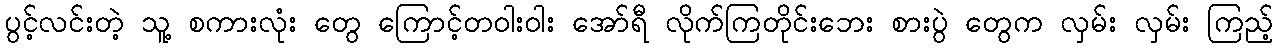
ပွင့်လင်းတဲ့ သူ့ စကားလုံး တွေ ကြောင့်တဝါးဝါး အော်ရီ လိုက်ကြတိုင်းဘေး စားပွဲ တွေက လှမ်း လှမ်း ကြည့်